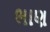
ભાણ